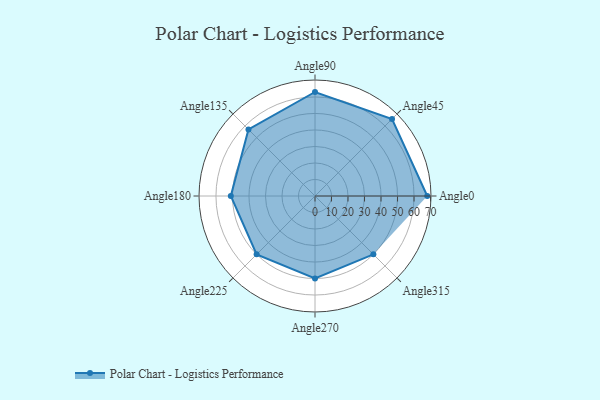
{"axis": {"x": "Angle", "y": "Radius"}, "legend": [""], "data": [{"x": "Angle0", "y": 68.0, "type": ""}, {"x": "Angle45", "y": 66.0, "type": ""}, {"x": "Angle90", "y": 63.0, "type": ""}, {"x": "Angle135", "y": 57.0, "type": ""}, {"x": "Angle180", "y": 51.0, "type": ""}, {"x": "Angle225", "y": 50, "type": ""}, {"x": "Angle270", "y": 50, "type": ""}, {"x": "Angle315", "y": 50, "type": ""}]}